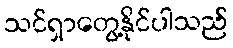
သင်ရှာတွေ့နိုင်ပါသည်